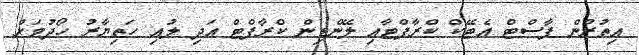
އިތުރުން ފާސްޓް އެޓޭކް ކްރާފްޓާއި ލޭންޑިން ކްރާފްޓް އަދި ލުއި ހަތިޔާރު ހޯދުމަށް